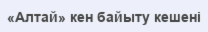
«Алтай» кен байыту кешені